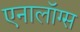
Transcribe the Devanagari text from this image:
एनालॉग्स